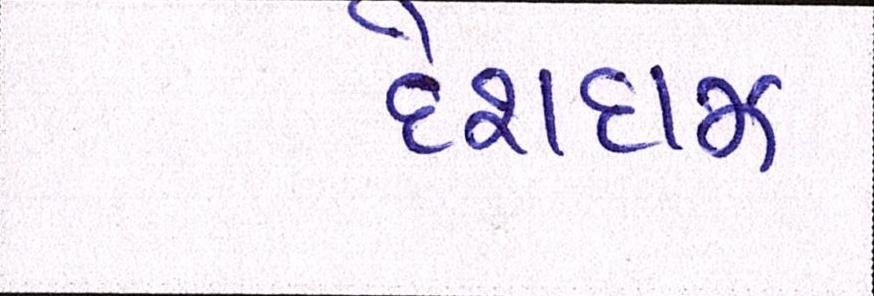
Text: દેશદાઝ